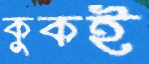
কুকই